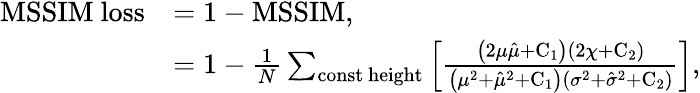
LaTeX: \begin{array}{rl}{\mathrm{MSSIM~loss}}&{=1-\mathrm{MSSIM},}\\ &{=1-\frac{1}{N}\sum_{\mathrm{const~height}}\left[\frac{\left(2\mu\hat{\mu}+\mathrm{C_{1}}\right)\left(2\chi+\mathrm{C_{2}}\right)}{\left(\mu^{2}+\hat{\mu}^{2}+\mathrm{C_{1}}\right)\left(\sigma^{2}+\hat{\sigma}^{2}+\mathrm{C_{2}}\right)}\right],}\end{array}